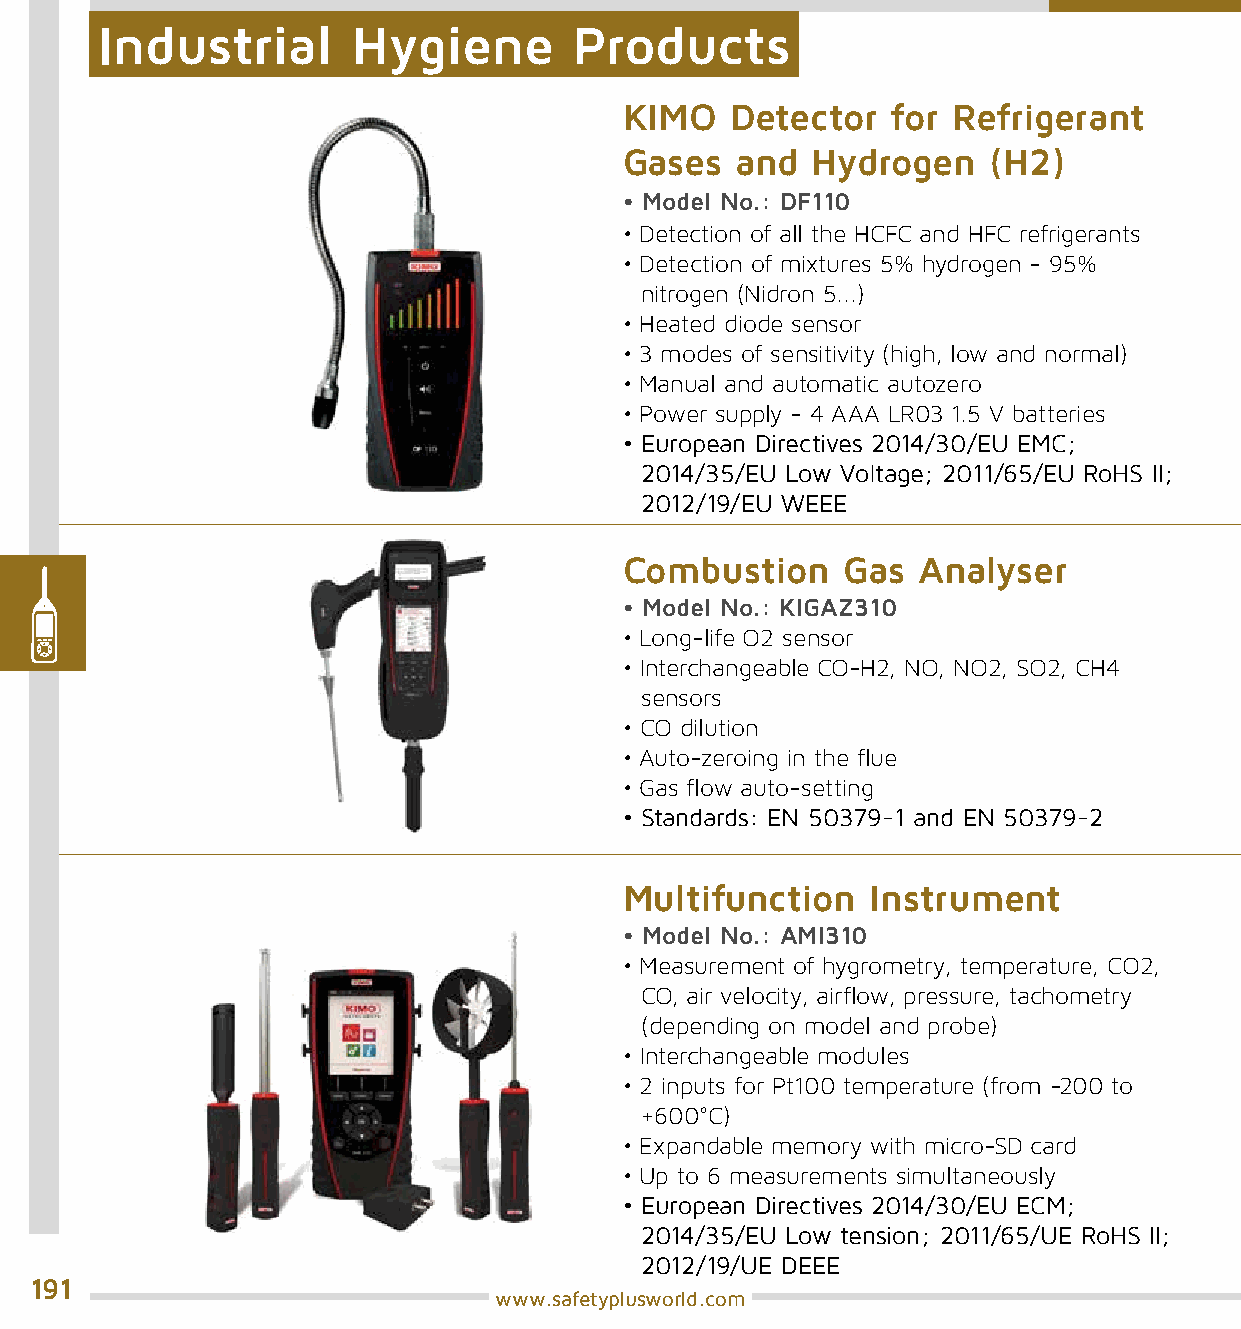
Industrial       Hygiene        Products
 KIMO   Detector   for Refrigerant
 Gases   and  Hydrogen   (H2)
 • Model No.: DF110
 • Detection of all the HCFC and HFC refrigerants
 • Detection of mixtures 5% hydrogen - 95%
 nitrogen (Nidron 5...)
 • Heated diode sensor
 • 3 modes of sensitivity (high, low and normal)
 • Manual and automatic autozero
 • Power supply - 4 AAA LR03 1.5 V batteries
 • European Directives 2014/30/EU EMC;
 2014/35/EU Low Voltage; 2011/65/EU RoHS II;
 2012/19/EU WEEE
 Combustion     Gas  Analyser
 • Model No.: KIGAZ310
 • Long-life O2 sensor
 • Interchangeable CO-H2, NO, NO2, SO2, CH4
 sensors
 • CO dilution
 • Auto-zeroing in the flue
 • Gas flow auto-setting
 • Standards: EN 50379-1 and EN 50379-2
 Multifunction    Instrument
 • Model No.: AMI310
 • Measurement of hygrometry, temperature, CO2,
 CO, air velocity, airflow, pressure, tachometry
 (depending on model and probe)
 • Interchangeable modules
 • 2 inputs for Pt100 temperature (from -200 to
 +600°C)
 • Expandable memory with micro-SD card
 • Up to 6 measurements simultaneously
 • European Directives 2014/30/EU ECM;
 2014/35/EU Low tension; 2011/65/UE RoHS II;
 2012/19/UE DEEE
 191
 www.safetyplusworld.com